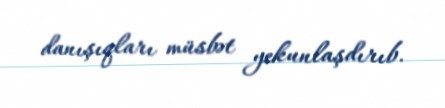
danışıqları müsbət yekunlaşdırıb.